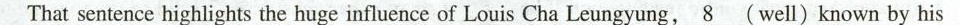
That sentence highlights the huge influence of Louis Cha Leungyung,\underline8(well) known by his